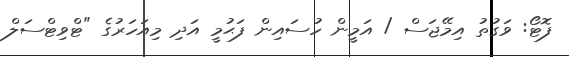
ފޮޓޯ: ވަގުތު އިމޭޖަސް / އަމީން ހުސައިން ފަޙުމީ އަދި މިއަހަރުގެ "ޓްވިޓްސަލް